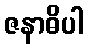
ဇနာဓိပါ